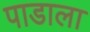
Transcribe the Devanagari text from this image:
पाडाला